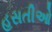
હસતીઓ